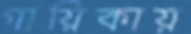
গায়িকায়